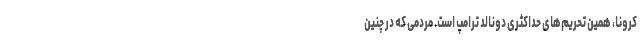
کرونا، همین تحریم‌های حداکثری دونالد ترامپ است. مردمی که در چنین